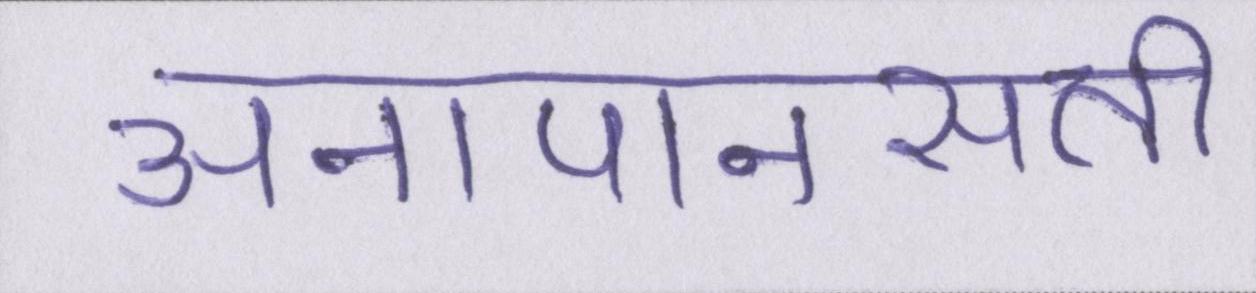
अनापानसती